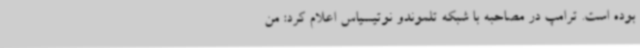
بوده است. ترامپ در مصاحبه‌ با شبکه تلموندو نوتیسیاس اعلام کرد: من